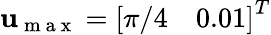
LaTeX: \mathbf{u}_{\mathrm{~m~a~x~}}=\left[\begin{array}{ll}{\pi/4}&{0.01}\end{array}\right]^{T}